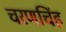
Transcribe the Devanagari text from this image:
चरणचिंह